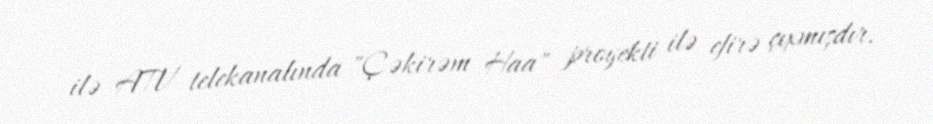
ilə ATV telekanalında "Çəkirəm Haa" proyekti ilə efirə çıxmışdır.